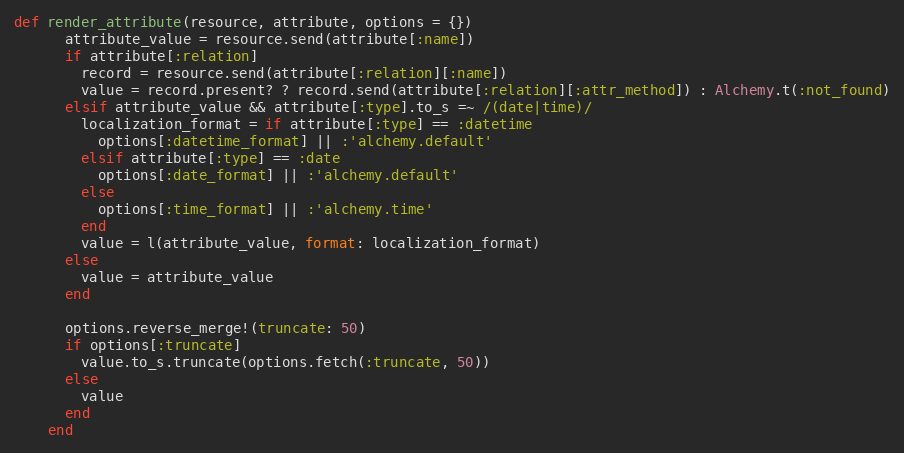
Language: Ruby
def render_attribute(resource, attribute, options = {})
      attribute_value = resource.send(attribute[:name])
      if attribute[:relation]
        record = resource.send(attribute[:relation][:name])
        value = record.present? ? record.send(attribute[:relation][:attr_method]) : Alchemy.t(:not_found)
      elsif attribute_value && attribute[:type].to_s =~ /(date|time)/
        localization_format = if attribute[:type] == :datetime
          options[:datetime_format] || :'alchemy.default'
        elsif attribute[:type] == :date
          options[:date_format] || :'alchemy.default'
        else
          options[:time_format] || :'alchemy.time'
        end
        value = l(attribute_value, format: localization_format)
      else
        value = attribute_value
      end

      options.reverse_merge!(truncate: 50)
      if options[:truncate]
        value.to_s.truncate(options.fetch(:truncate, 50))
      else
        value
      end
    end